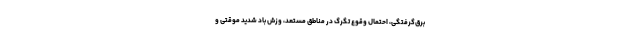
برق‌گرفتگی، احتمال وقوع تگرگ در مناطق مستعد، وزش باد شدید موقتی و